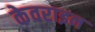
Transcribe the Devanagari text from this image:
केवराइन